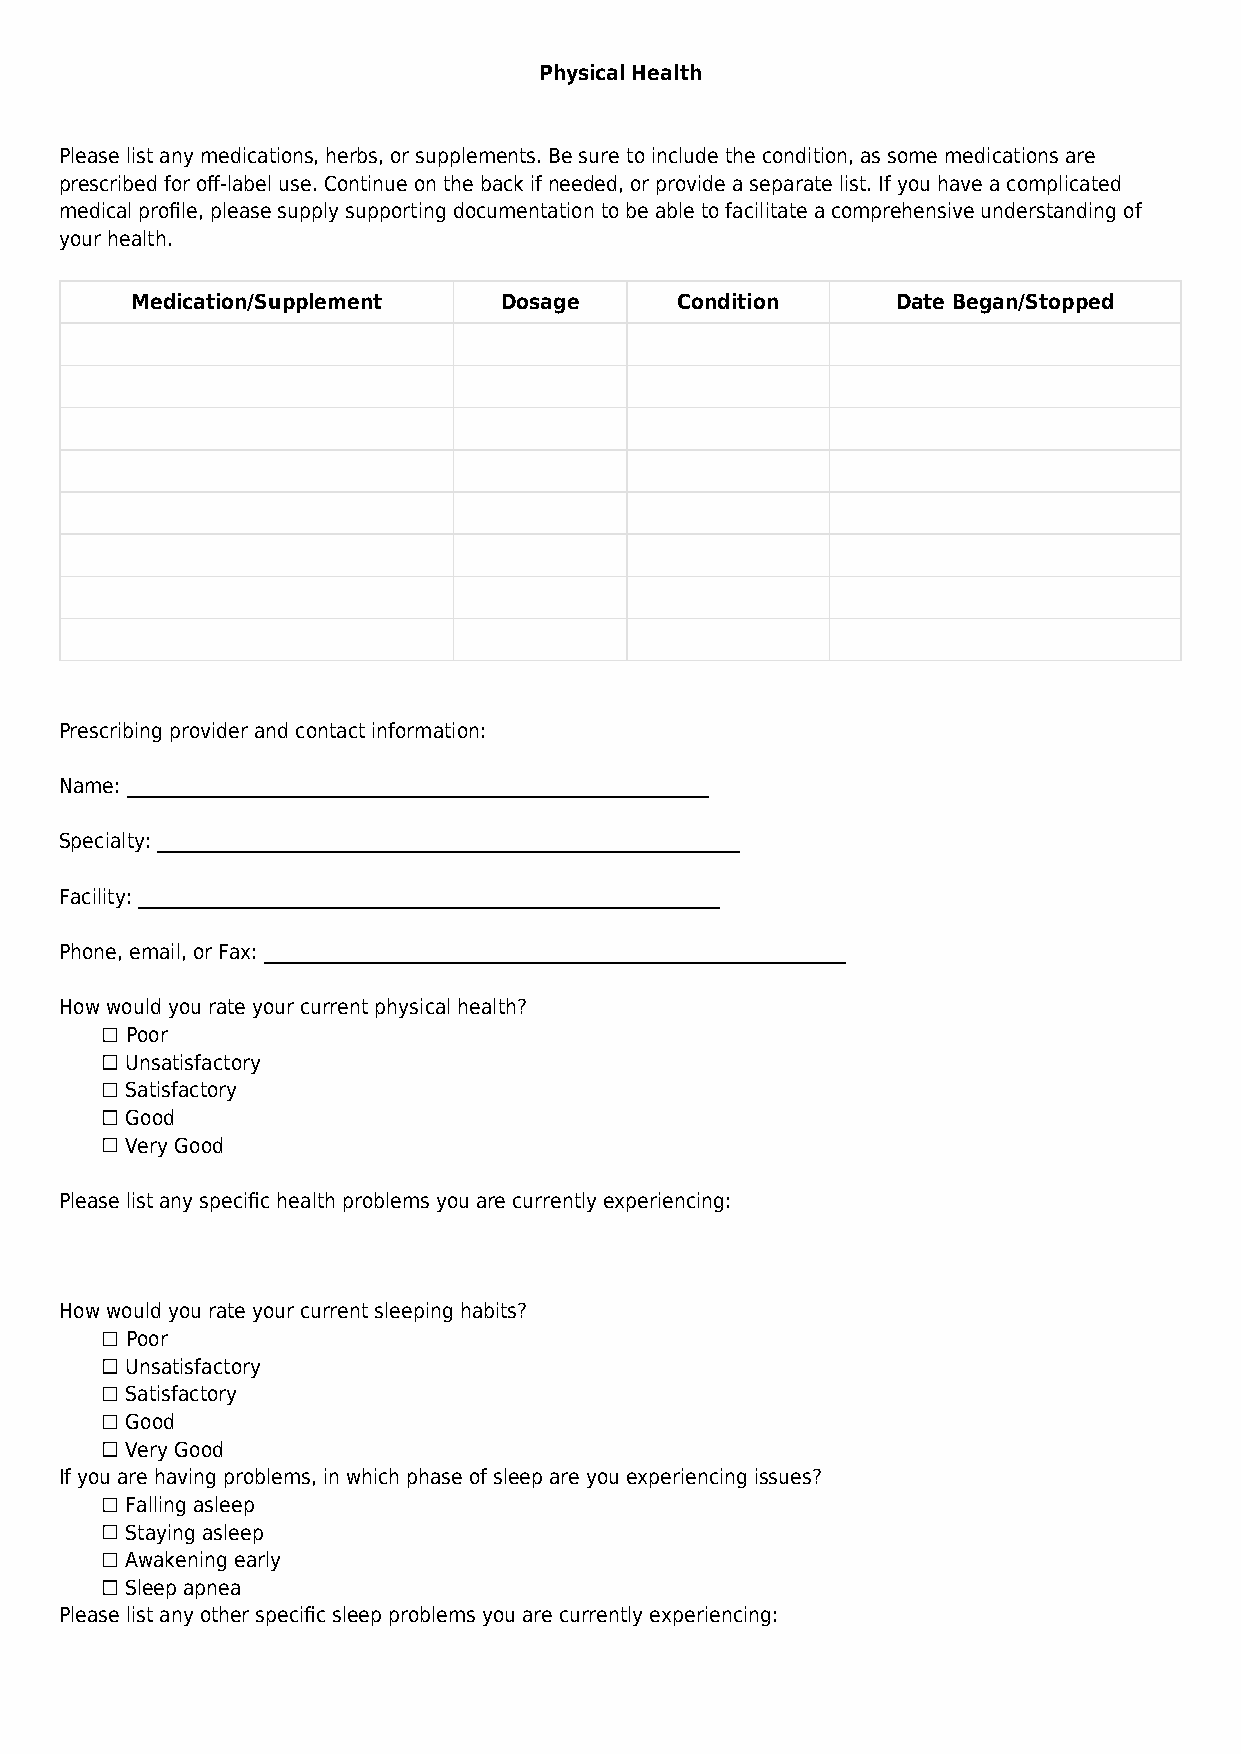
Physical Health
 Please list any medications, herbs, or supplements. Be sure to include the condition, as some medications are
 prescribed for off-label use. Continue on the back if needed, or provide a separate list. If you have a complicated
 medical profile, please supply supporting documentation to be able to facilitate a comprehensive understanding of
 your health.
 Medication/Supplement   Dosage      Condition     Date Began/Stopped
 Prescribing provider and contact information:
 Name: ______________________________________________________________
 Specialty: ______________________________________________________________
 Facility: ______________________________________________________________
 Phone, email, or Fax: ______________________________________________________________
 How would you rate your current physical health?
 Poor
 Unsatisfactory
 Satisfactory
 Good
 Very Good
 Please list any specific health problems you are currently experiencing:
 How would you rate your current sleeping habits?
 Poor
 Unsatisfactory
 Satisfactory
 Good
 Very Good
 If you are having problems, in which phase of sleep are you experiencing issues?
 Falling asleep
 Staying asleep
 Awakening early
 Sleep apnea
 Please list any other specific sleep problems you are currently experiencing: